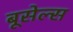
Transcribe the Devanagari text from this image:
बूसेल्स